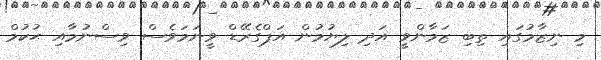
މި ނިޒާމުގައި ތިބި ޒަމާންވީ އަދި ލިޔުމުން އަޕްގެރޭޑް ވީނަމަވެސް ވިސްނުމާއި ޙުކުމް